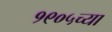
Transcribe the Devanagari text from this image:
१९०५च्या